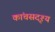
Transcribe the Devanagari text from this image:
कांचसदृश्य